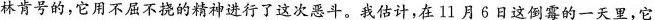
林肯号的，它用不屈不挠的精神进行了这次恶斗。我估计，在11月6日这倒霉的一天里，它